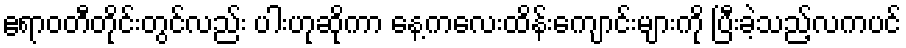
ဧရာဝတီတိုင်းတွင်လည်း ပါးဟုဆိုကာ နေ့ကလေးထိန်းကျောင်းများကို ပြီးခဲ့သည့်လကပင်